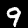
Label: 9